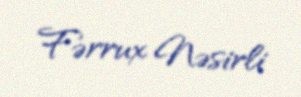
Fərrux Nəsirli